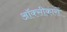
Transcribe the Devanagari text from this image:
ऑक्सीकारों